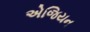
એજિયન